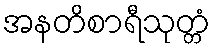
အနတိစာရီသုတ္တံ